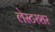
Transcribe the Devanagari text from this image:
लेस्टरशर